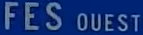
FES OUEST